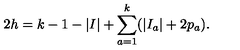
2 h = k - 1 - | I | + \sum _ { a = 1 } ^ { k } ( | I _ { a } | + 2 p _ { a } ) .